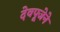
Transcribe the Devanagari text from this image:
देवपूजेने